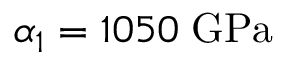
\alpha _ { 1 } = 1 0 5 0 \; \mathrm { G P a }